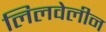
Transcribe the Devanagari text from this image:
लिलवेलीन